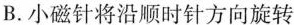
B.小磁针将沿顺时针方向旋转